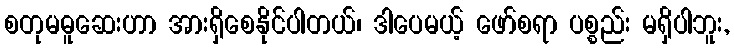
စတုမဓူဆေးဟာ အားရှိစေနိုင်ပါတယ်၊ ဒါပေမယ့် ဖော်စရာ ပစ္စည်း မရှိပါဘူး,